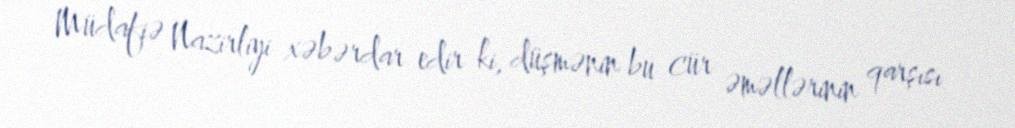
Müdafiə Nazirliyi xəbərdar edir ki, düşmənin bu cür əməllərinin qarşısı